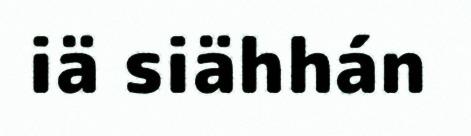
iä siähhán